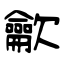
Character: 龡